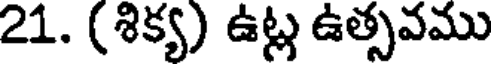
21. (శిక్య) ఉట్ల ఉత్సవము